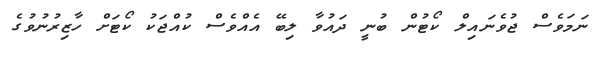
ނަމަވެސް ޖުވެނައިލް ކޯޓުން ބުނީ ދައުވާ ލިބޭ އެއްވެސް ކުއްޖަކު ކޯޓަށް ހާޒިރުނުވުގެ